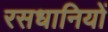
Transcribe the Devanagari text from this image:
रसधानियों